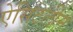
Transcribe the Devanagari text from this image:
ऐसिटलीन